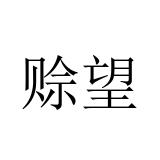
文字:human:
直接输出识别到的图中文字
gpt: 赊望